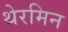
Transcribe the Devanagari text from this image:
थेरमिन